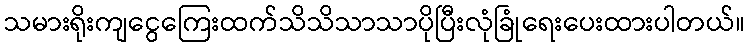
သမားရိုးကျငွေကြေးထက်သိသိသာသာပိုပြီးလုံခြုံရေးပေးထားပါတယ်။